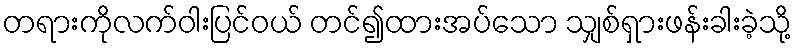
တရားကိုလက်ဝါးပြင်ဝယ် တင်၍ထားအပ်သော သျှစ်ရှားဖန်းခါးခဲ့သို့